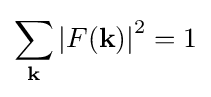
\sum _{\mathbf {k} }\left|F(\mathbf {k} )\right|^{2}=1